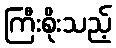
ကြီးစိုးသည့်